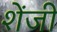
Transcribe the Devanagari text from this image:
शेंजी